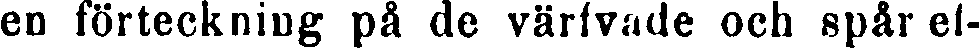
en förteckning på de värfvade och spår ef-